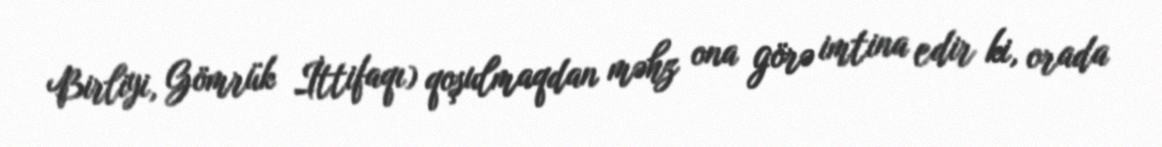
Birliyi, Gömrük İttifaqı) qoşulmaqdan məhz ona görə imtina edir ki, orada